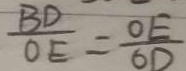
\frac { B D } { O E } = \frac { O E } { O D }